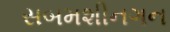
સબમશીનગન